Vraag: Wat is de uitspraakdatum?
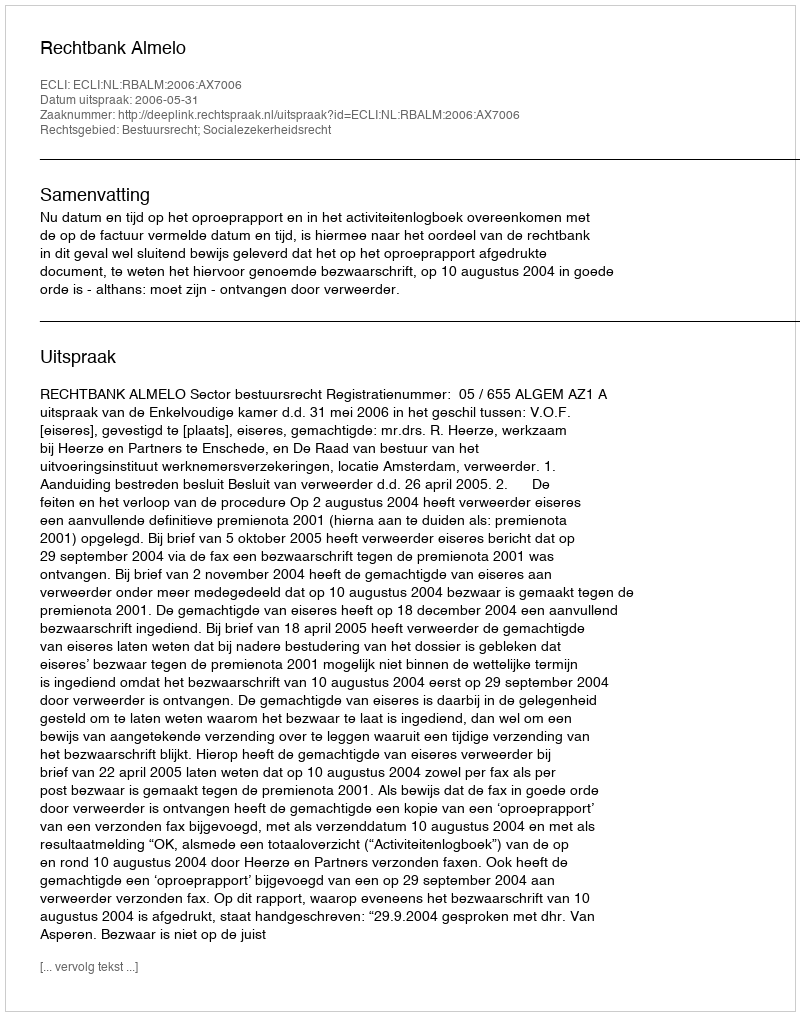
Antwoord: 2006-05-31